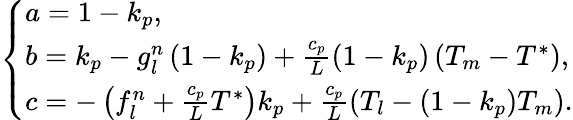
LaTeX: \left\{ \begin{array}{l}{a=1-k_{p},}\\ {b=k_{p}-g_{l}^{n}\left(1-k_{p}\right)+\frac{c_{p}}{L}\left(1-k_{p}\right)\left(T_{m}-T^{*}\right),}\\ {c=-\left(f_{l}^{n}+\frac{c_{p}}{L}T^{*}\right)k_{p}+\frac{c_{p}}{L}\left(T_{l}-\left(1-k_{p}\right)T_{m}\right).}\end{array}\right.